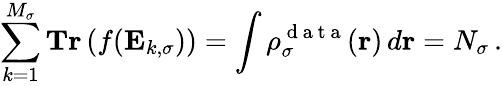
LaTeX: \sum_{k=1}^{M_{\sigma}}\textbf{Tr}\left(f(\mathbf{E}_{k,\sigma})\right)=\int\rho_{\sigma}^{\mathrm{~d~a~t~a~}}(\boldsymbol{\textbf{r}})\, d\boldsymbol{\textbf{r}}=N_{\sigma}\, .